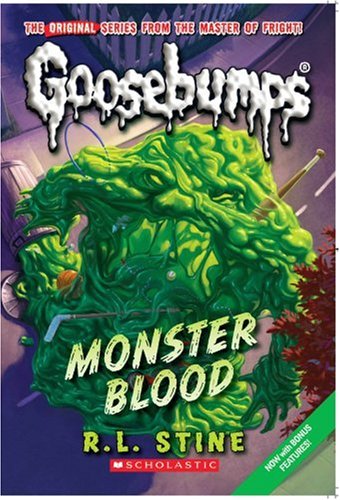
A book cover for Monster Blood (Classic Goosebumps #3); R. L. Stine; Children's Books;